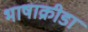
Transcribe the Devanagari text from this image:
भाषाक्रीडा